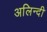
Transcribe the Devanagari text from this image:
अलिन्दी